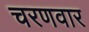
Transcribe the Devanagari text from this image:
चरणवार